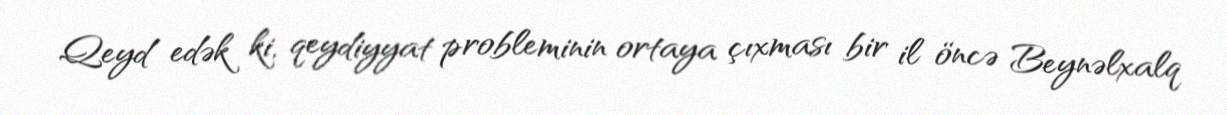
Qeyd edək ki, qeydiyyat probleminin ortaya çıxması bir il öncə Beynəlxalq